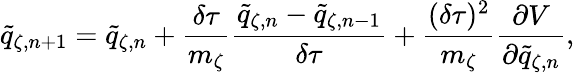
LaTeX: \tilde{q}_{\zeta,n+1}=\tilde{q}_{\zeta,n}+\frac{\delta\tau}{m_{\zeta}}\frac{\tilde{q}_{\zeta,n}-\tilde{q}_{\zeta,n-1}}{\delta\tau}+\frac{(\delta\tau)^{2}}{m_{\zeta}}\frac{\partial V}{\partial\tilde{q}_{\zeta,n}},